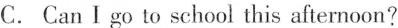
C. Can I go to school this afternoon?